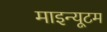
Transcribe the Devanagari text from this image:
माइन्यूटम